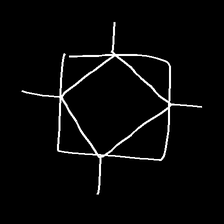
Glyph: light